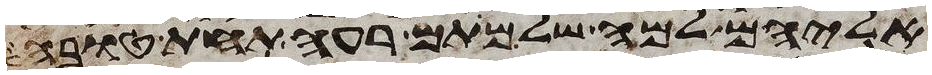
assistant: אליהם למה שלמתם רעה תחת טובה